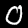
Digit: 0